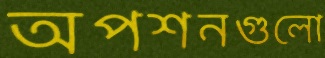
অপশনগুলো